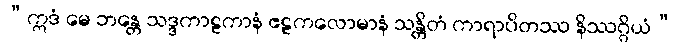
“ဣဒံ မေ ဘန္တေ သဒ္ဒကာဠကာနံ ဧဠကလောမာနံ သန္တိတံ ကာရာပိတဿ နိဿဂ္ဂိယံ”